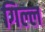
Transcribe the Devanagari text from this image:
गिल्ल